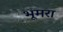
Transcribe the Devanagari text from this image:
भूमरा